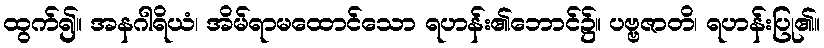
ထွက်၍။ အနဂါရိယံ၊ အိမ်ရာမထောင်သော ရဟန်း၏ဘောင်၌။ ပဗ္ဗဇာတိ၊ ရဟန်းပြု၏။